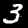
Digit: 3